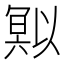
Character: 𭂄